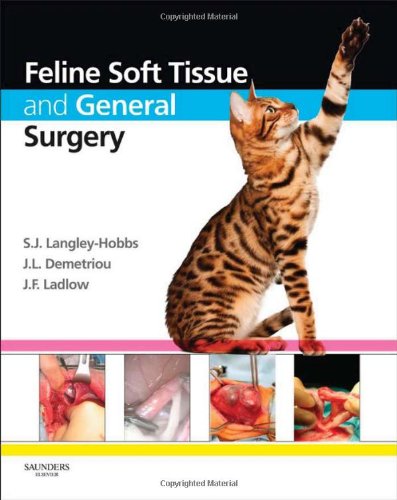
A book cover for Feline Soft Tissue and General Surgery, 1e; Medical Books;